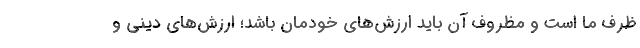
ظرف ما است و مظروف آن باید ارزش‌های خودمان باشد؛ ارزش‌های دینی و